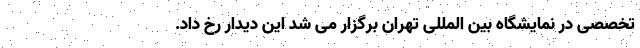
تخصصی در نمایشگاه بین المللی تهران برگزار می شد این دیدار رخ داد.